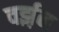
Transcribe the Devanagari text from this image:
वर्झ़न